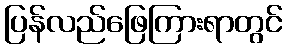
ပြန်လည်ဖြေကြားရာတွင်